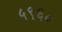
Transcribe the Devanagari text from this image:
५९६०